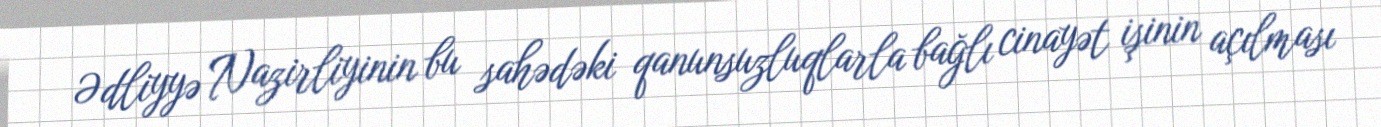
Ədliyyə Nazirliyinin bu sahədəki qanunsuzluqlarla bağlı cinayət işinin açılması